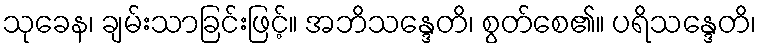
သုခေန၊ ချမ်းသာခြင်းဖြင့်။ အဘိသန္ဒေတိ၊ စွတ်စေ၏။ ပရိသန္ဒေတိ၊